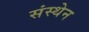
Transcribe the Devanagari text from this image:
संस्थेन